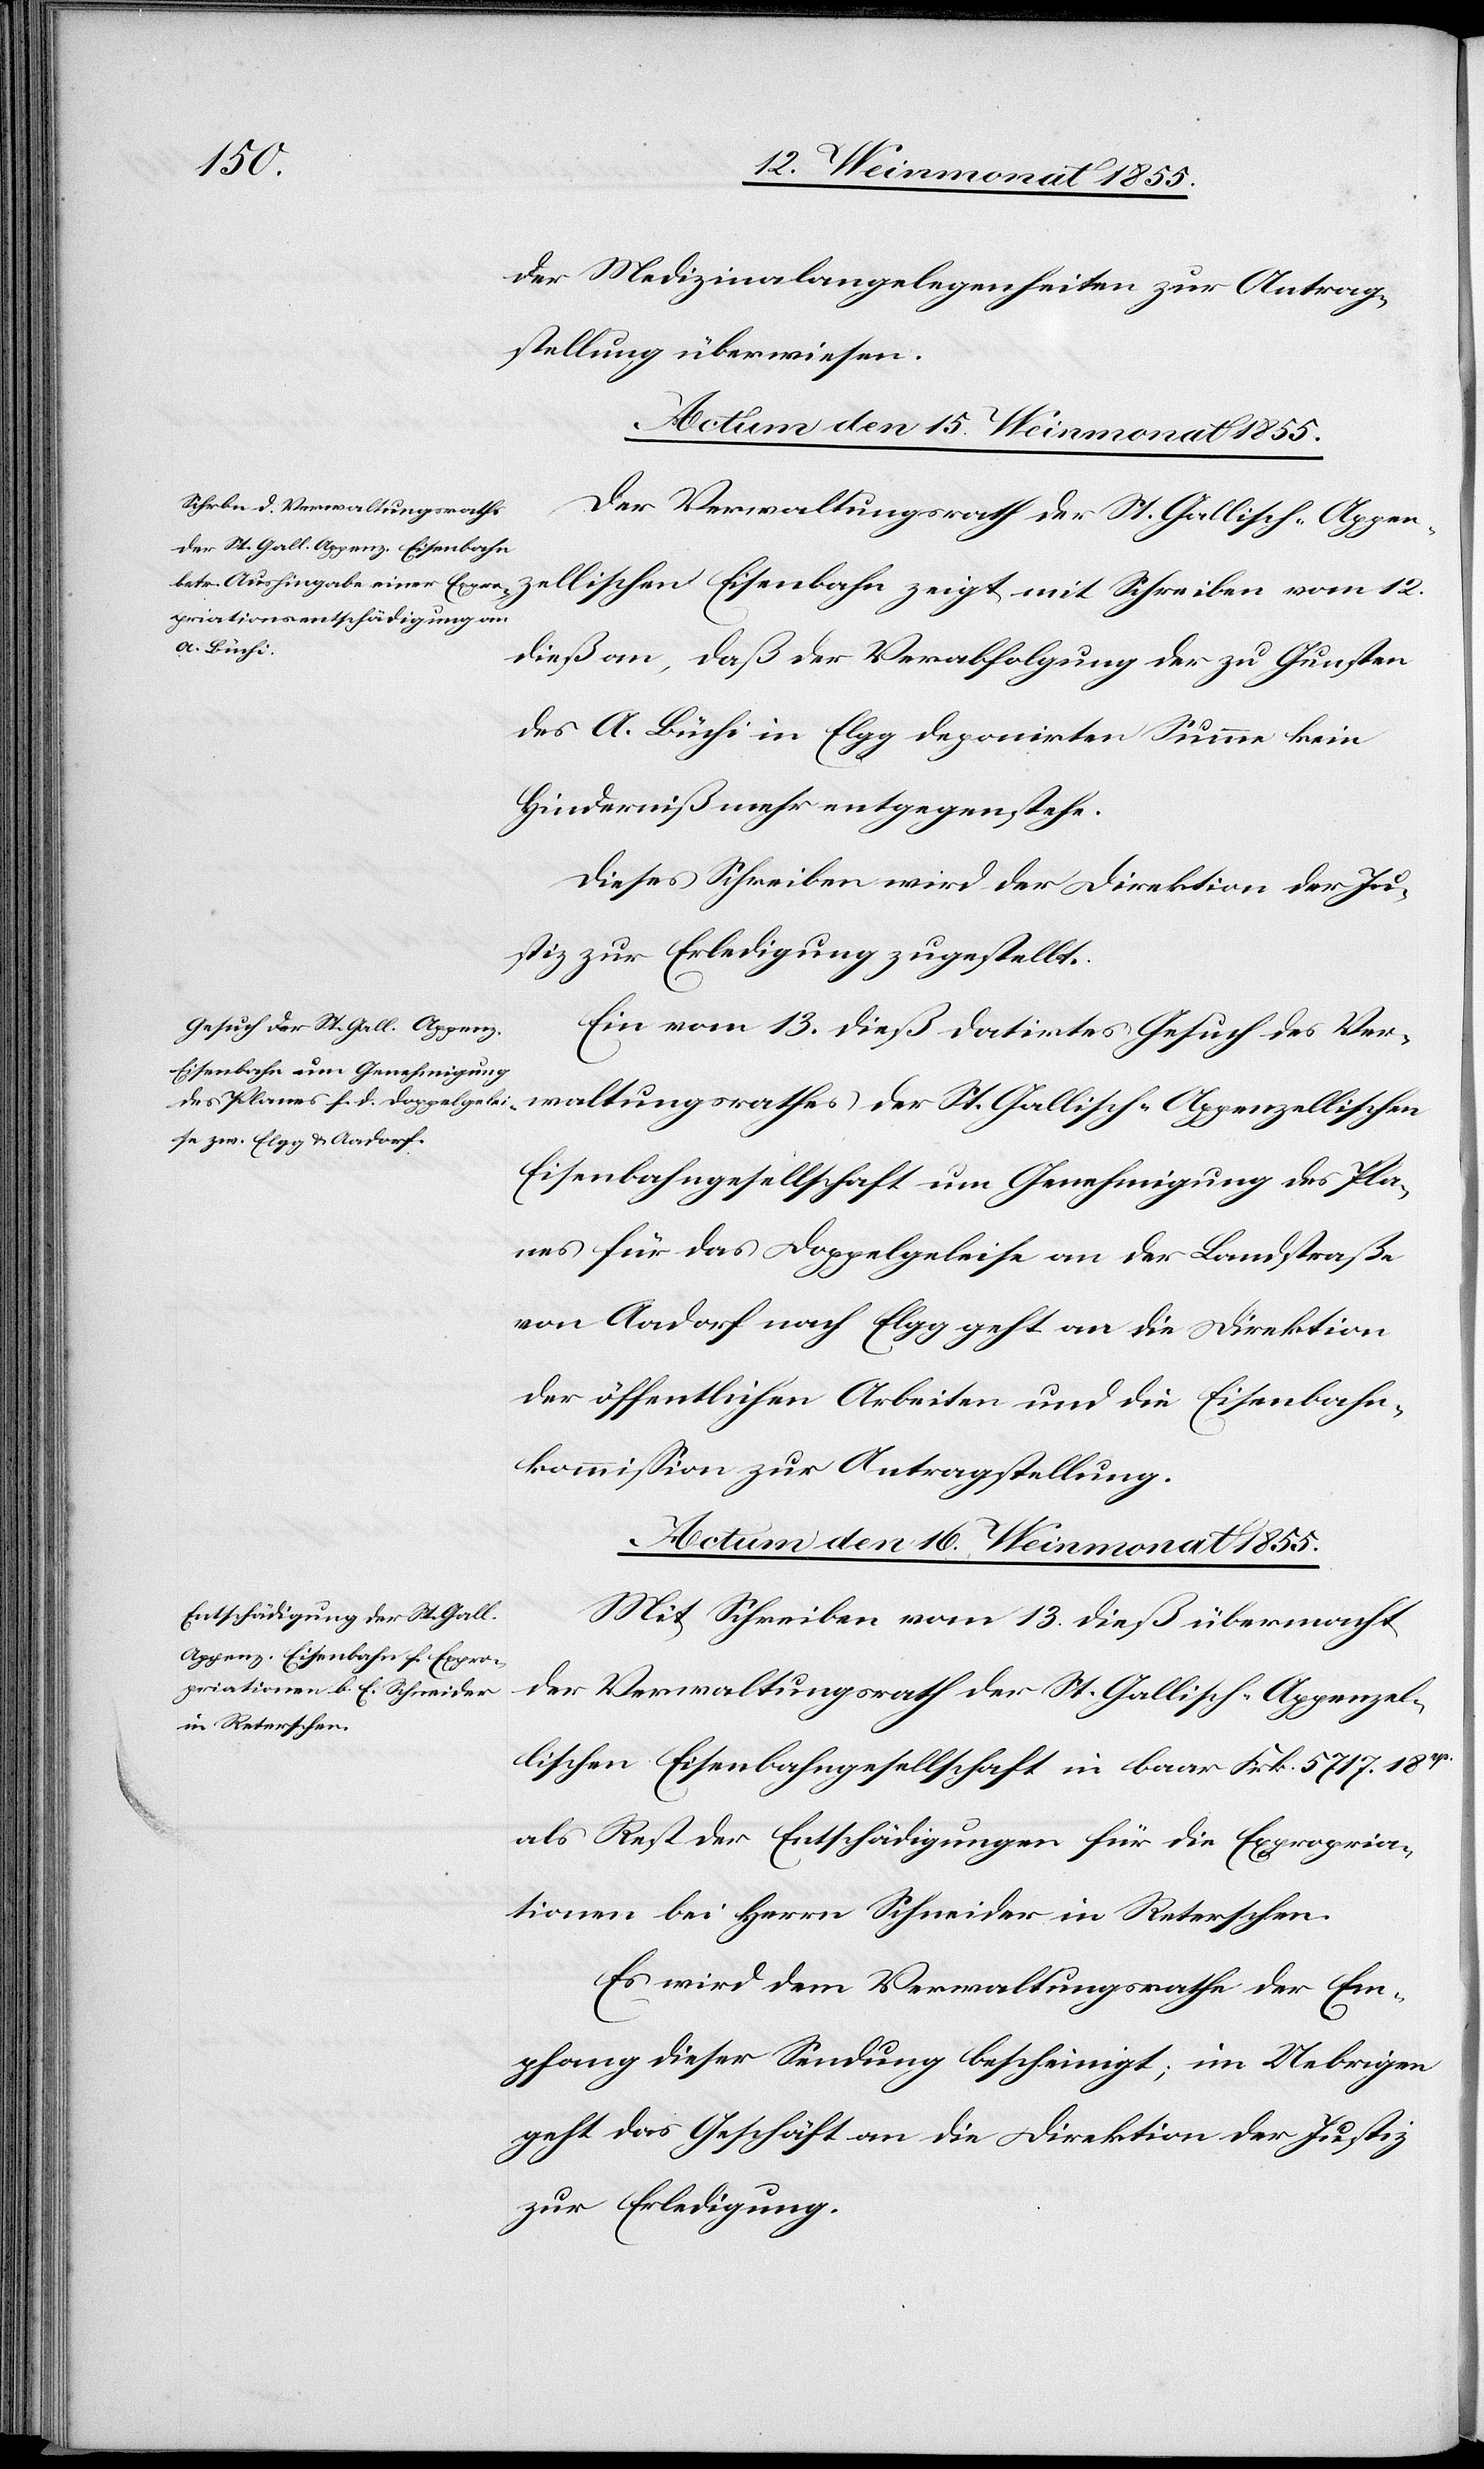
der Medizinalangelegenheiten zur Antrag¬
stellung überwiesen.
Der Verwaltungsrath der St. Gallisch-Appen¬
zellischen Eisenbahn zeigt mit Schreiben vom 12.
dieß an, daß der Verabfolgung der zu Gunsten
des A. Büchi in Elgg deponirten Summe kein
Hinderniß mehr entgegenstehe.
Dieses Schreiben wird der Direktion der Ju¬
stiz zur Erledigung zugestellt.
Ein vom 13. dieß datirtes Gesuch des Ver¬
waltungsrathes der St. Gallisch-Appenzellischen
Eisenbahngesellschaft um Genehmigung des Pla¬
nes für das Doppelgeleise an der Landstraße
von Aadorf nach Elgg geht an die Direktion
der öffentlichen Arbeiten und die Eisenbahn¬
kommission zur Antragstellung.
Actum den 16. Weinmonat 1855.
Mit Schreiben vom 13. dieß übermacht
der Verwaltungsrath der St. Gallisch-Appenzel¬
lischen Eisenbahngesellschaft in baar Frk. 5717. 18rp.
als Rest der Entschädigungen für die Expropria¬
tionen bei Herrn Schneider in Reterschen.
Es wird dem Verwaltungsrathe der Em¬
pfang dieser Sendung bescheinigt; im Uebrigen
geht das Geschäft an die Direktion der Justiz
zur Erledigung.